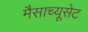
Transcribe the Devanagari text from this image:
मैसाच्यूसेट